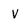
Character: v